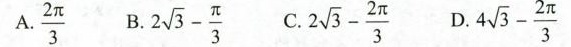
A.$$ \frac { \sqrt { 2 \pi } } { 3 }$$ B.$$ 2 \sqrt { 3 }-\frac{ \pi } { 3 }$$ C.$$2 \sqrt { 3 } - \frac { \sqrt { 2 pi } } { 3 }$$ D.$$4 \sqrt { 3 } - \frac { \sqrt { 2 \pi } }{ 3 }$$